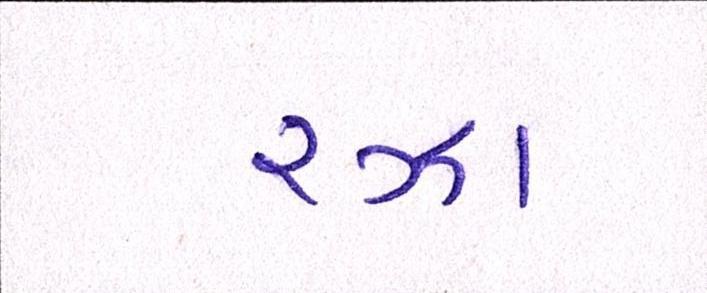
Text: રઝા